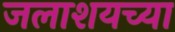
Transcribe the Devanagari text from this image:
जलाशयच्या